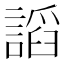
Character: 謟